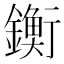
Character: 𨭶